Calcutta medical institutions reports 1892-1900
Year: 1892
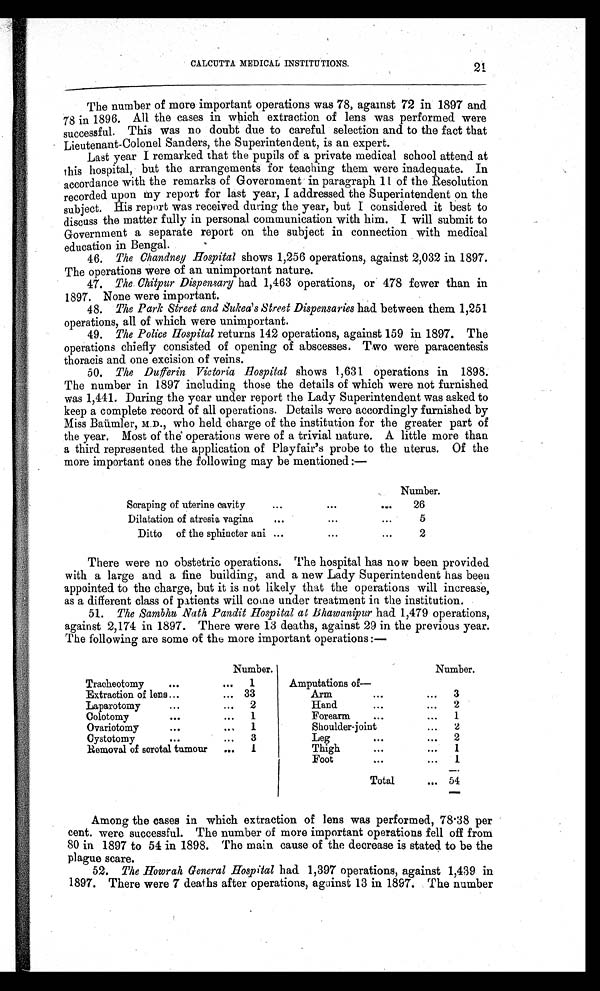
CALCUTTA MEDICAL INSTITUTIONS.
The number of more important operations was 78, against 72 in 1897 and
78 in 1896. All the cases in which extraction of lens was performed were
successful. This was no doubt due to careful selection and to the fact that
Lieutenant-Colonel Sanders, the Superintendent, is an expert.
Last year I remarked that the pupils of a private medical school attend at
this hospital, but the arrangements for teaching them were inadequate. In
accordance with the remarks of Government in paragraph 11 of the Resolution
recorded upon my report for last year, I addressed the Superintendent on the
subject. His report was received during the year, but I considered it best to
discuss the matter fully in personal communication with him. I will submit to
Government a separate report on the subject in connection with medical
education in Bengal.
46. The Chandney Hospital shows 1,256 operations, against 2,032 in 1897.
The operations were of an unimportant nature.
47. The Chitpur Dispensary had 1,463 operations, or 478 fewer than in
1897. None were important.
48. The Park Street and Sukea's Street Dispensaries had between them 1,251
operations, all of which were unimportant.
49. The Police Hospital returns 142 operations, against 159 in 1897. The
operations chiefly consisted of opening of abscesses. Two were paracentesis
thoracis and one excision of veins.
50. The Dufferin Victoria Hospital shows 1,631 operations in 1898.
The number in 1897 including those the details of which were not furnished
was 1,441. During the year under report the Lady Superintendent was asked to
keep a complete record of all operations. Details were accordingly furnished by
Miss Baümler, M.D., who held charge of the institution for the greater part of
the year. Most of the operations were of a trivial nature. A little more than
a third represented the application of Playfair's probe to the uterus. Of the
more important ones the following may be mentioned:—
Number.
Scraping of uterine cavity
. . .
. . .
. . .
26
Dilatation of atresia vagina
...
. . .
...
5
Ditto of the sphincter ani ...
. . .
. . .
2
There were no obstetric operations. The hospital has now been provided
with a large and a fine building, and a new Lady Superintendent has been
appointed to the charge, but it is not likely that the operations will increase,
as a different class of patients will come under treatment in the institution.
51. The Sambhu Nath Pandit Hospital at Bhawanipur had 1,479 operations,
against 2,174 in 1897. There were 13 deaths, against 29 in the previous year.
The following are some of the more important operations:—
Number.
Number.
Tracheotomy
. . .
. . .
1
Amputations of—
Extraction of lens . . .
. . . 33
Arm
...
...
3
Laparotomy
. . .
...
2
Hand
...
. . .
2
Colotomy
. . .
. . .
1
Forearm
...
...
1
Ovariotomy
. . .
...
1
Shoulder-joint
. . . 2
Cystotomy
. . .
...
3
Leg
...
...
2
Removal of scrotal tumour
...
1
Thigh
...
...
1
Foot
...
...
1
Total
. . . 54
Among the cases in which extraction of lens was performed, 78.38 per
cent. were successful. The number of more important operations fell off from
80 in 1897 to 54 in 1898. The main cause of the decrease is stated to be the
plague scare.
52. The Howrah General Hospital had 1,397 operations, against 1,439 in
1897. There were 7 deaths after operations, against 13 in 1897. The number
21